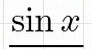
sin x